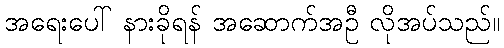
အရေးပေါ် နားခိုရန် အဆောက်အဦ လိုအပ်သည်။